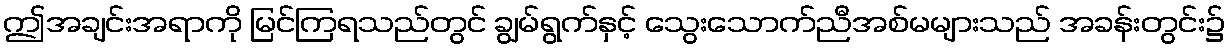
ဤအချင်းအရာကို မြင်ကြရသည်တွင် ချွမ်ရွက်နှင့် သွေးသောက်ညီအစ်မများသည် အခန်းတွင်း၌